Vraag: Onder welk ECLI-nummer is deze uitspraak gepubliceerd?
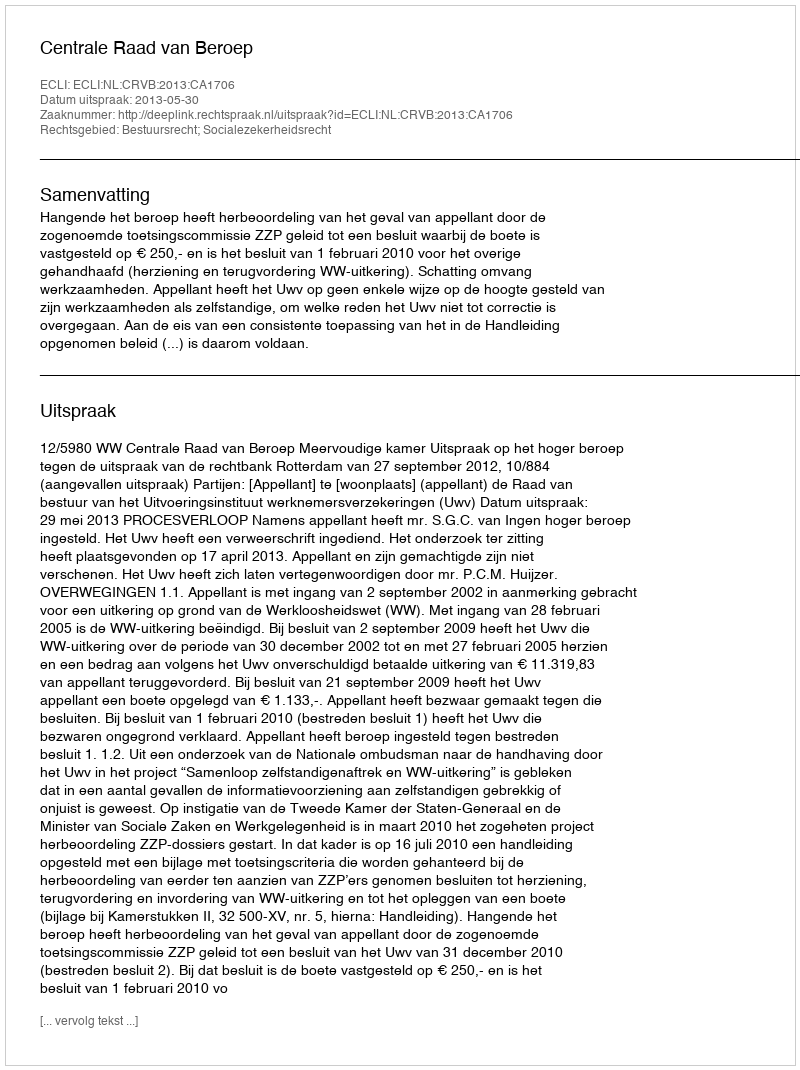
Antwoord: ECLI:NL:CRVB:2013:CA1706